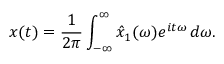
x ( t ) = { \frac { 1 } { 2 \pi } } \int _ { - \infty } ^ { \infty } { \hat { x } } _ { 1 } ( \omega ) e ^ { i t \omega } \, d \omega .